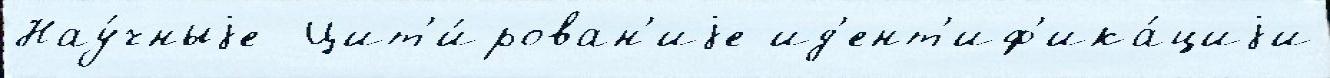
Нау́чныjе  Цит'и́рован'иjе ид'ент'иф'ика́циjи